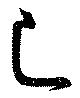
己